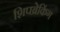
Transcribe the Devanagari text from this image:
शिपब्रेकिंग